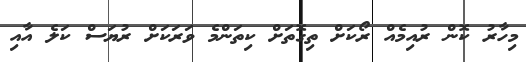
މިހާރު ކޮން ރުއިމެއް ރޯކަށް ތިގޮތަށް ކިތަންމެ ވަރަކަށް ރުޔަސް ކަލެ އާއި